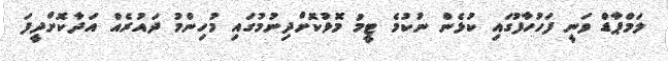
ލަމްޕާޑް ވަނީ ފަހުހާފުގައި ކުޅެން ނުކުމެ ޓީމު މޮޅުކޮށްދިނުމުގައި މުހިންމު ދައުރެއް އަދާކޮށްދީފަ